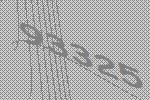
93325